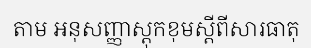
តាម អនុសញ្ញាស្តុកខុមស្តីពីសារធាតុ